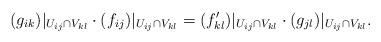
LaTeX: \begin{align*}(g_{ik})|_{U_{ij}\cap V_{kl}} \cdot (f_{ij})|_{U_{ij}\cap V_{kl}}=(f_{kl}')|_{U_{ij}\cap V_{kl}} \cdot (g_{jl})|_{U_{ij}\cap V_{kl}}. \end{align*}